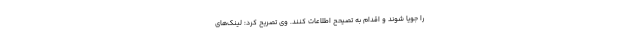
را جویا شوند و اقدام به تصیحح اطلاعات کنند. وی تصریح کرد: لینک‌های